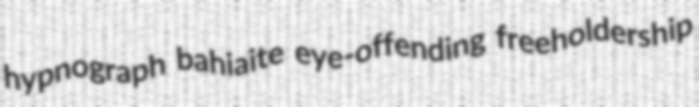
hypnograph bahiaite eye-offending freeholdership